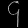
Digit: ၄